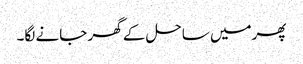
پھرمیں ساحل کے گھر جانے لگا۔